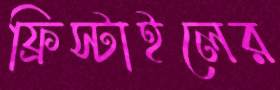
ফ্রিস্টাইলের